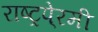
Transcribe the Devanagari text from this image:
राष्ट्रपे्रमी